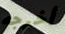
أخرجه